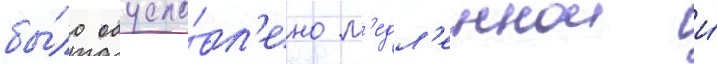
бы́ло обусло́вл'ено м'едл'еннои и́